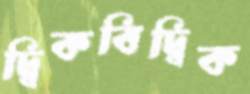
দ্বিকবিদ্বিক